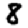
Digit: 8